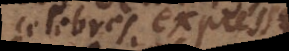
celebres expresse